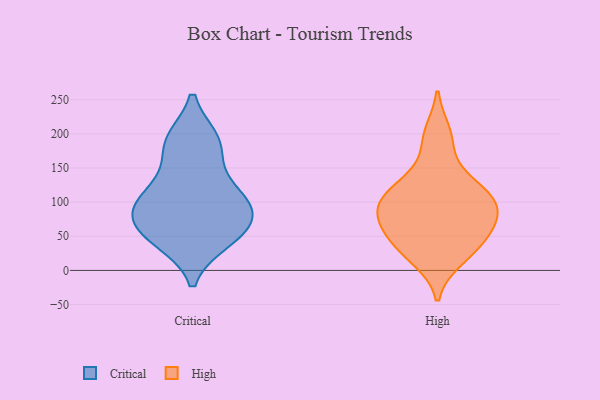
{"axis": {"x": "Budget (USD K)", "y": "Value"}, "legend": ["Critical", "High"], "data": [{"x": "", "y": 44, "type": "Critical"}, {"x": "", "y": 90, "type": "Critical"}, {"x": "", "y": 113, "type": "Critical"}, {"x": "", "y": 111, "type": "Critical"}, {"x": "", "y": 70, "type": "Critical"}, {"x": "", "y": 43, "type": "Critical"}, {"x": "", "y": 188, "type": "Critical"}, {"x": "", "y": 69, "type": "Critical"}, {"x": "", "y": 189, "type": "Critical"}, {"x": "", "y": 95, "type": "Critical"}, {"x": "", "y": 145, "type": "Critical"}, {"x": "", "y": 191, "type": "Critical"}, {"x": "", "y": 91, "type": "Critical"}, {"x": "", "y": 51, "type": "Critical"}, {"x": "", "y": 98, "type": "High"}, {"x": "", "y": 90, "type": "High"}, {"x": "", "y": 87, "type": "High"}, {"x": "", "y": 46, "type": "High"}, {"x": "", "y": 77, "type": "High"}, {"x": "", "y": 189, "type": "High"}, {"x": "", "y": 200, "type": "High"}, {"x": "", "y": 56, "type": "High"}, {"x": "", "y": 122, "type": "High"}, {"x": "", "y": 126, "type": "High"}, {"x": "", "y": 59, "type": "High"}, {"x": "", "y": 18, "type": "High"}, {"x": "", "y": 34, "type": "High"}, {"x": "", "y": 129, "type": "High"}, {"x": "", "y": 103, "type": "High"}, {"x": "", "y": 90, "type": "High"}, {"x": "", "y": 25, "type": "High"}]}